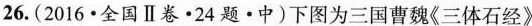
26.(2016·全国Ⅱ卷·24题·中)下图为三国曹魏《三体石经》